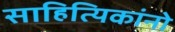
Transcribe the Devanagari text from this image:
साहित्यिकांनो